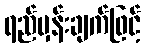
ရည်မှန်းချက်ဖြင့်